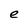
Character: e